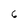
Character: 6